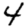
Digit: 4